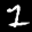
Label: 1